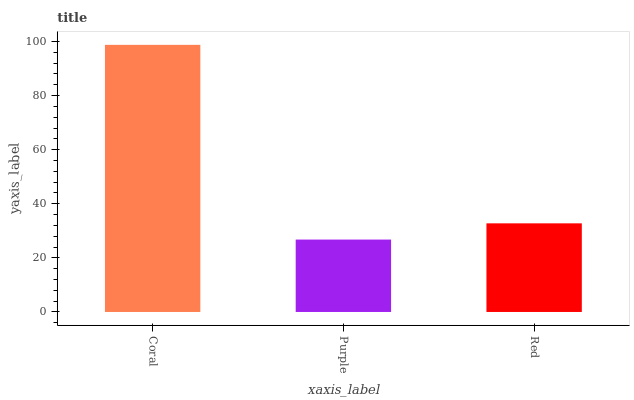
| xaxis_label | bars |
 | --- | --- |
 | Coral | 98.8 |
 | Purple | 26.8 |
 | Red | 32.8 |